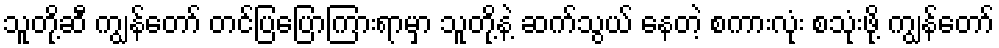
သူတို့ဆီ ကျွန်တော် တင်ပြပြောကြားရာမှာ သူတို့နဲ့ ဆက်သွယ် နေတဲ့ စကားလုံး စသုံးဖို့ ကျွန်တော်